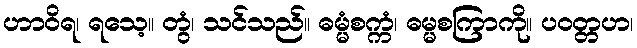
ဟာဝိရ၊ ရသေ့။ တွံ၊ သင်သည်။ ဓမ္မံစက္ကံ၊ ဓမ္မစကြာကို။ ပဝတ္တဟ၊